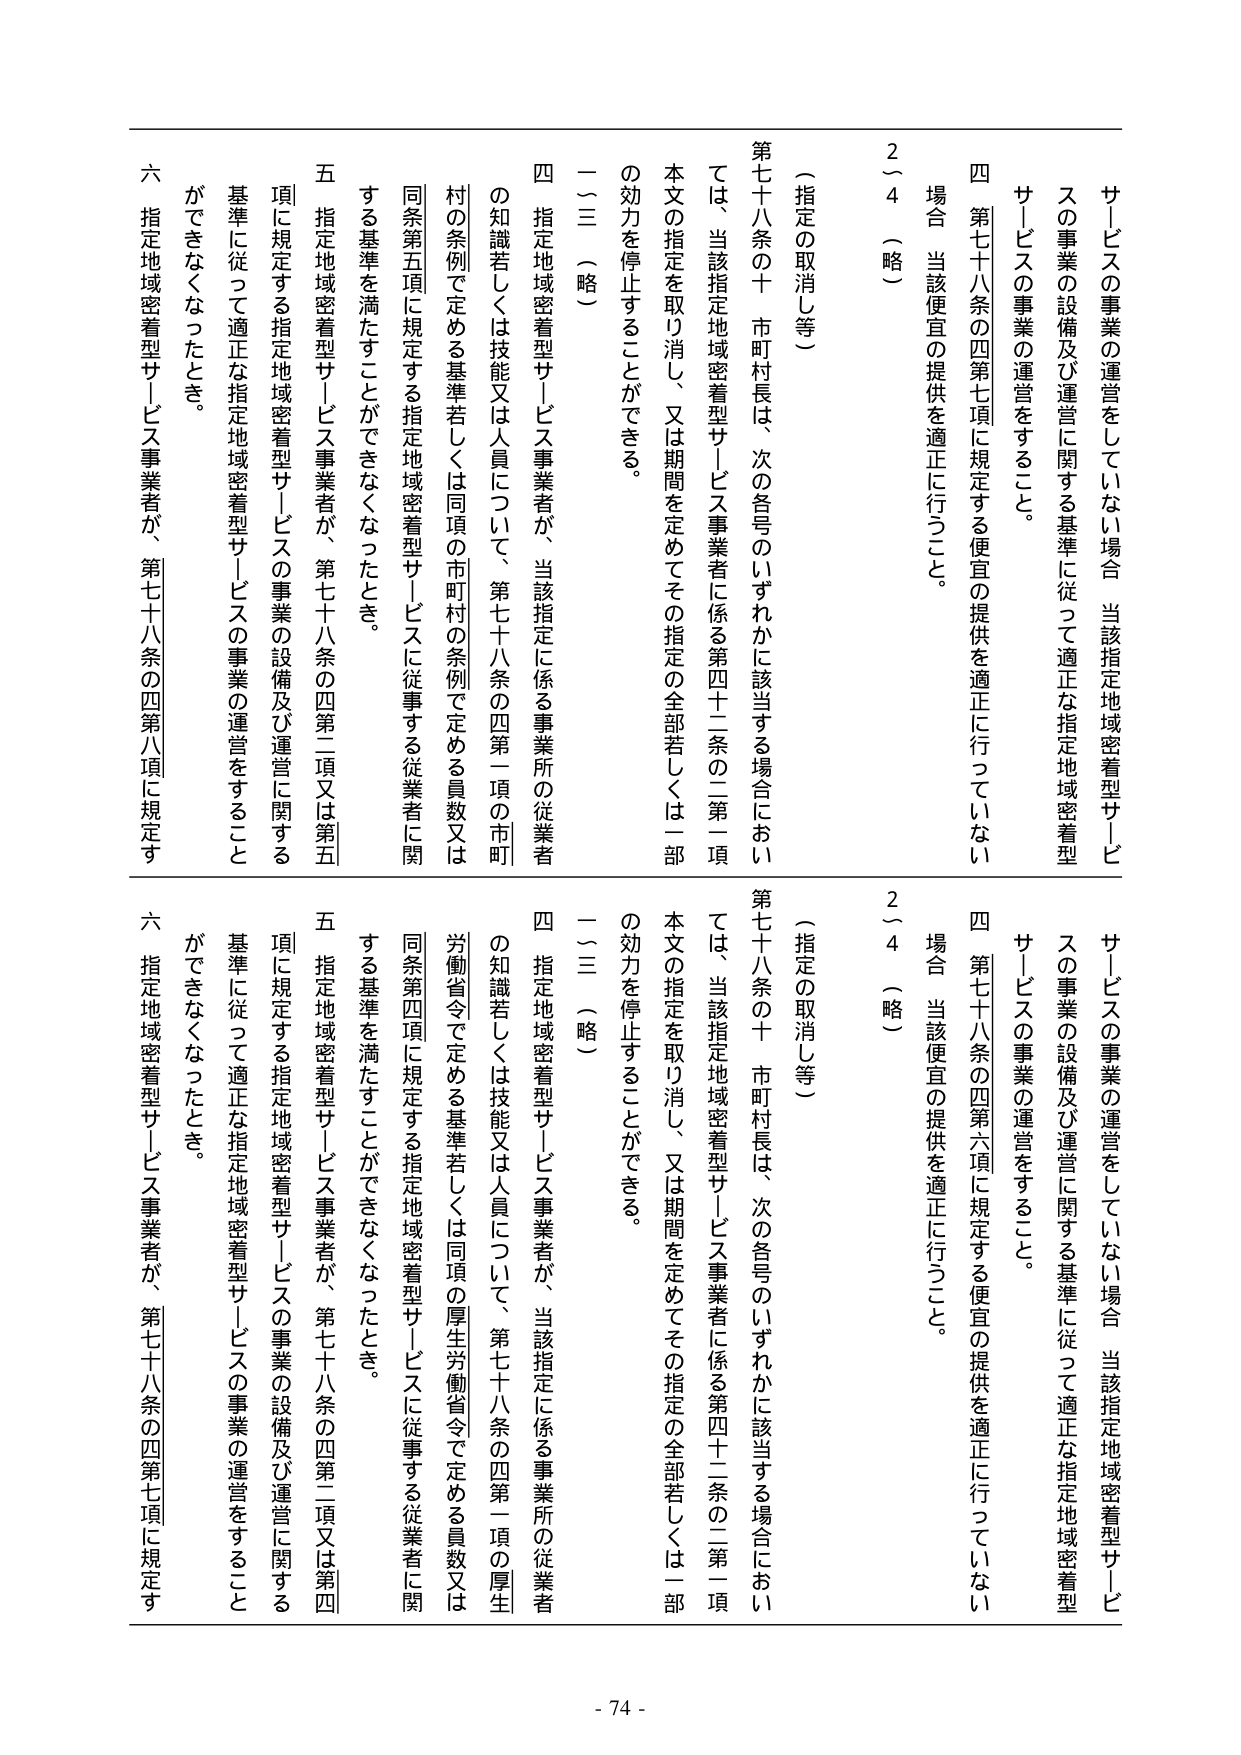
サービスの事業の運営をしていない場合 当該指定地域密着型サービスの事業の設備及び運営に関する基準に従って適正な指定地域密着型サービスの事業の運営をすること。

四 第七十八条の四第七項に規定する便宜の提供を適正に行っていない場合 当該便宜の提供を適正に行うこと。

2～4 （略）

（指定の取消し等）

第七十八条の十 市町村長は、次の各号のいずれかに該当する場合においては、当該指定地域密着型サービス事業者に係る第四十二条の二第一項本文の指定を取り消し、又は期間を定めてその指定の全部若しくは一部の効力を停止することができる。

一～三 （略）

四 指定地域密着型サービス事業者が、当該指定に係る事業所の従業者の知識若しくは技能又は人員について、第七十八条の四第一項の市町村の条例で定める基準若しくは同項の市町村の条例で定める員数又は同条第五項に規定する指定地域密着型サービスに従事する従業者に関する基準を満たすことができなくなったとき。

五 指定地域密着型サービス事業者が、第七十八条の四第二項又は第五項に規定する指定地域密着型サービスの事業の設備及び運営に関する基準に従って適正な指定地域密着型サービスの事業の運営をすることができなくなったとき。

六 指定地域密着型サービス事業者が、第七十八条の四第八項に規定す

サービスの事業の運営をしていない場合 当該指定地域密着型サービスの事業の設備及び運営に関する基準に従って適正な指定地域密着型サービスの事業の運営をすること。

四 第七十八条の四第六項に規定する便宜の提供を適正に行っていない場合 当該便宜の提供を適正に行うこと。

2～4 （略）

（指定の取消し等）

第七十八条の十 市町村長は、次の各号のいずれかに該当する場合においては、当該指定地域密着型サービス事業者に係る第四十二条の二第一項本文の指定を取り消し、又は期間を定めてその指定の全部若しくは一部の効力を停止することができる。

一～三 （略）

四 指定地域密着型サービス事業者が、当該指定に係る事業所の従業者の知識若しくは技能又は人員について、第七十八条の四第四項の厚生労働省令で定める基準若しくは同項の厚生労働省令で定める員数又は同条第四項に規定する指定地域密着型サービスに従事する従業者に関する基準を満たすことができなくなったとき。

五 指定地域密着型サービス事業者が、第七十八条の四第二項又は第四項に規定する指定地域密着型サービスの事業の設備及び運営に関する基準に従って適正な指定地域密着型サービスの事業の運営をすることができなくなったとき。

六 指定地域密着型サービス事業者が、第七十八条の四第七項に規定す

- 74 -